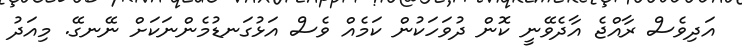
އަދިވެސް ރާއްޖެ އާދެވޭނީ ކޮން ދުވަހަކުން ކަމެއް ވެސް އަޅުގަނޑުމެންނަކަށް ނޭނގޭ. މިއަދު